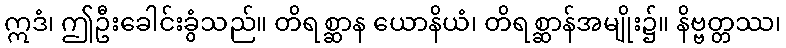
ဣဒံ၊ ဤဦးခေါင်းခွံသည်။ တိရစ္ဆာန ယောနိယံ၊ တိရစ္ဆာန်အမျိုး၌။ နိဗ္ဗတ္တဿ၊